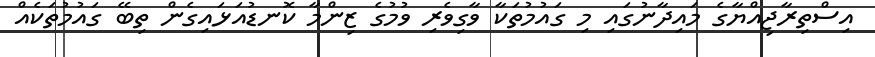
އިސްތިރާޖިއްޔާގެ މައިދާނުގައި މި ގައުމުތަކާ ވާގިވެރި ވުމުގެ ޒިންމާ ކޮނޑުއަޅައިގެން ތިބޭ ގައުމުތަކެއް